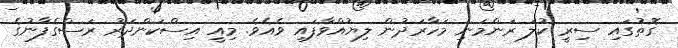
ގޮތުގައި ސިރީ ކުލަ ރަންމަނި މަހާރަދުން ލިޔުއްވާފައި ވެއެވެ. މިއީ އިސްކަންދަރު ރަސްގެފާނުގެ